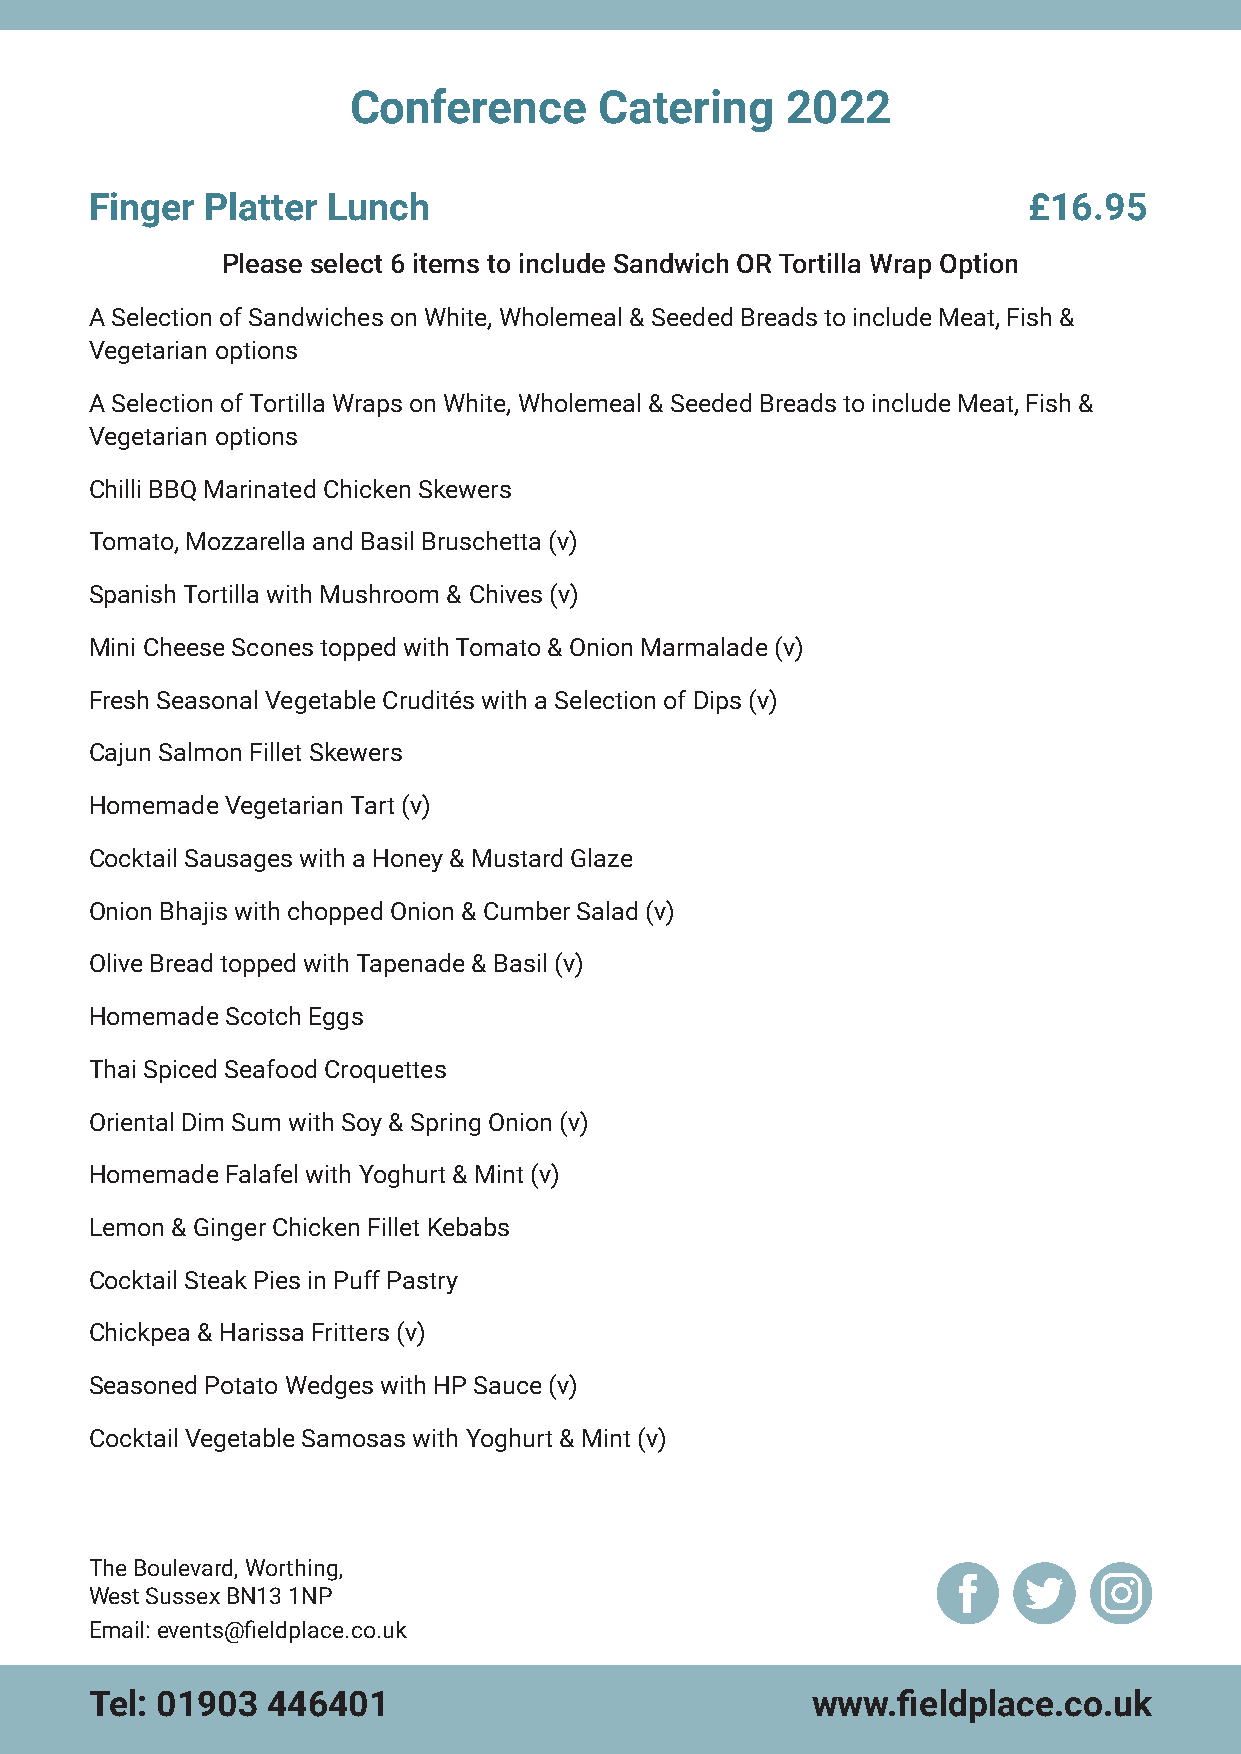
Conference       Catering    2022
 Finger  Platter Lunch                                         £16.95
 Please select 6 items to include Sandwich OR Tortilla Wrap Option
 A Selection of Sandwiches on White, Wholemeal & Seeded Breads to include Meat, Fish &
 Vegetarian options
 A Selection of Tortilla Wraps on White, Wholemeal & Seeded Breads to include Meat, Fish &
 Vegetarian options
 Chilli BBQ Marinated Chicken Skewers
 Tomato, Mozzarella and Basil Bruschetta (v)
 Spanish Tortilla with Mushroom & Chives (v)
 Mini Cheese Scones topped with Tomato & Onion Marmalade (v)
 Fresh Seasonal Vegetable Crudités with a Selection of Dips (v)
 Cajun Salmon Fillet Skewers
 Homemade Vegetarian Tart (v)
 Cocktail Sausages with a Honey & Mustard Glaze
 Onion Bhajis with chopped Onion & Cumber Salad (v)
 Olive Bread topped with Tapenade & Basil (v)
 Homemade Scotch Eggs
 Thai Spiced Seafood Croquettes
 Oriental Dim Sum with Soy & Spring Onion (v)
 Homemade Falafel with Yoghurt & Mint (v)
 Lemon & Ginger Chicken Fillet Kebabs
 Cocktail Steak Pies in Puff Pastry
 Chickpea & Harissa Fritters (v)
 Seasoned Potato Wedges with HP Sauce (v)
 Cocktail Vegetable Samosas with Yoghurt & Mint (v)
 The Boulevard, Worthing,
 West Sussex BN13 1NP
 Email: events@fieldplace.co.uk
 Tel: 01903  446401                              www.fieldplace.co.uk